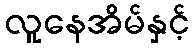
လူနေအိမ်နှင့်